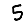
Digit: 5